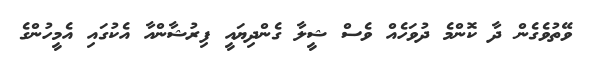
ވޭތުވެގެން ދާ ކޮންމެ ދުވަހެއް ވެސް ޝީލާ ގެންދިޔައީ ފިރުޝާންއާ އެކުގައި އެމީހުންގެ